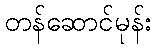
တန်ဆောင်မုန်း